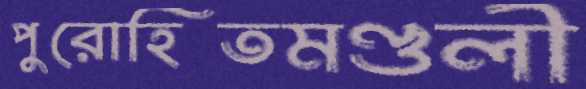
পুরোহিতমণ্ডলী